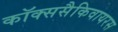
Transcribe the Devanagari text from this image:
कॉक्ससैकिवायरस